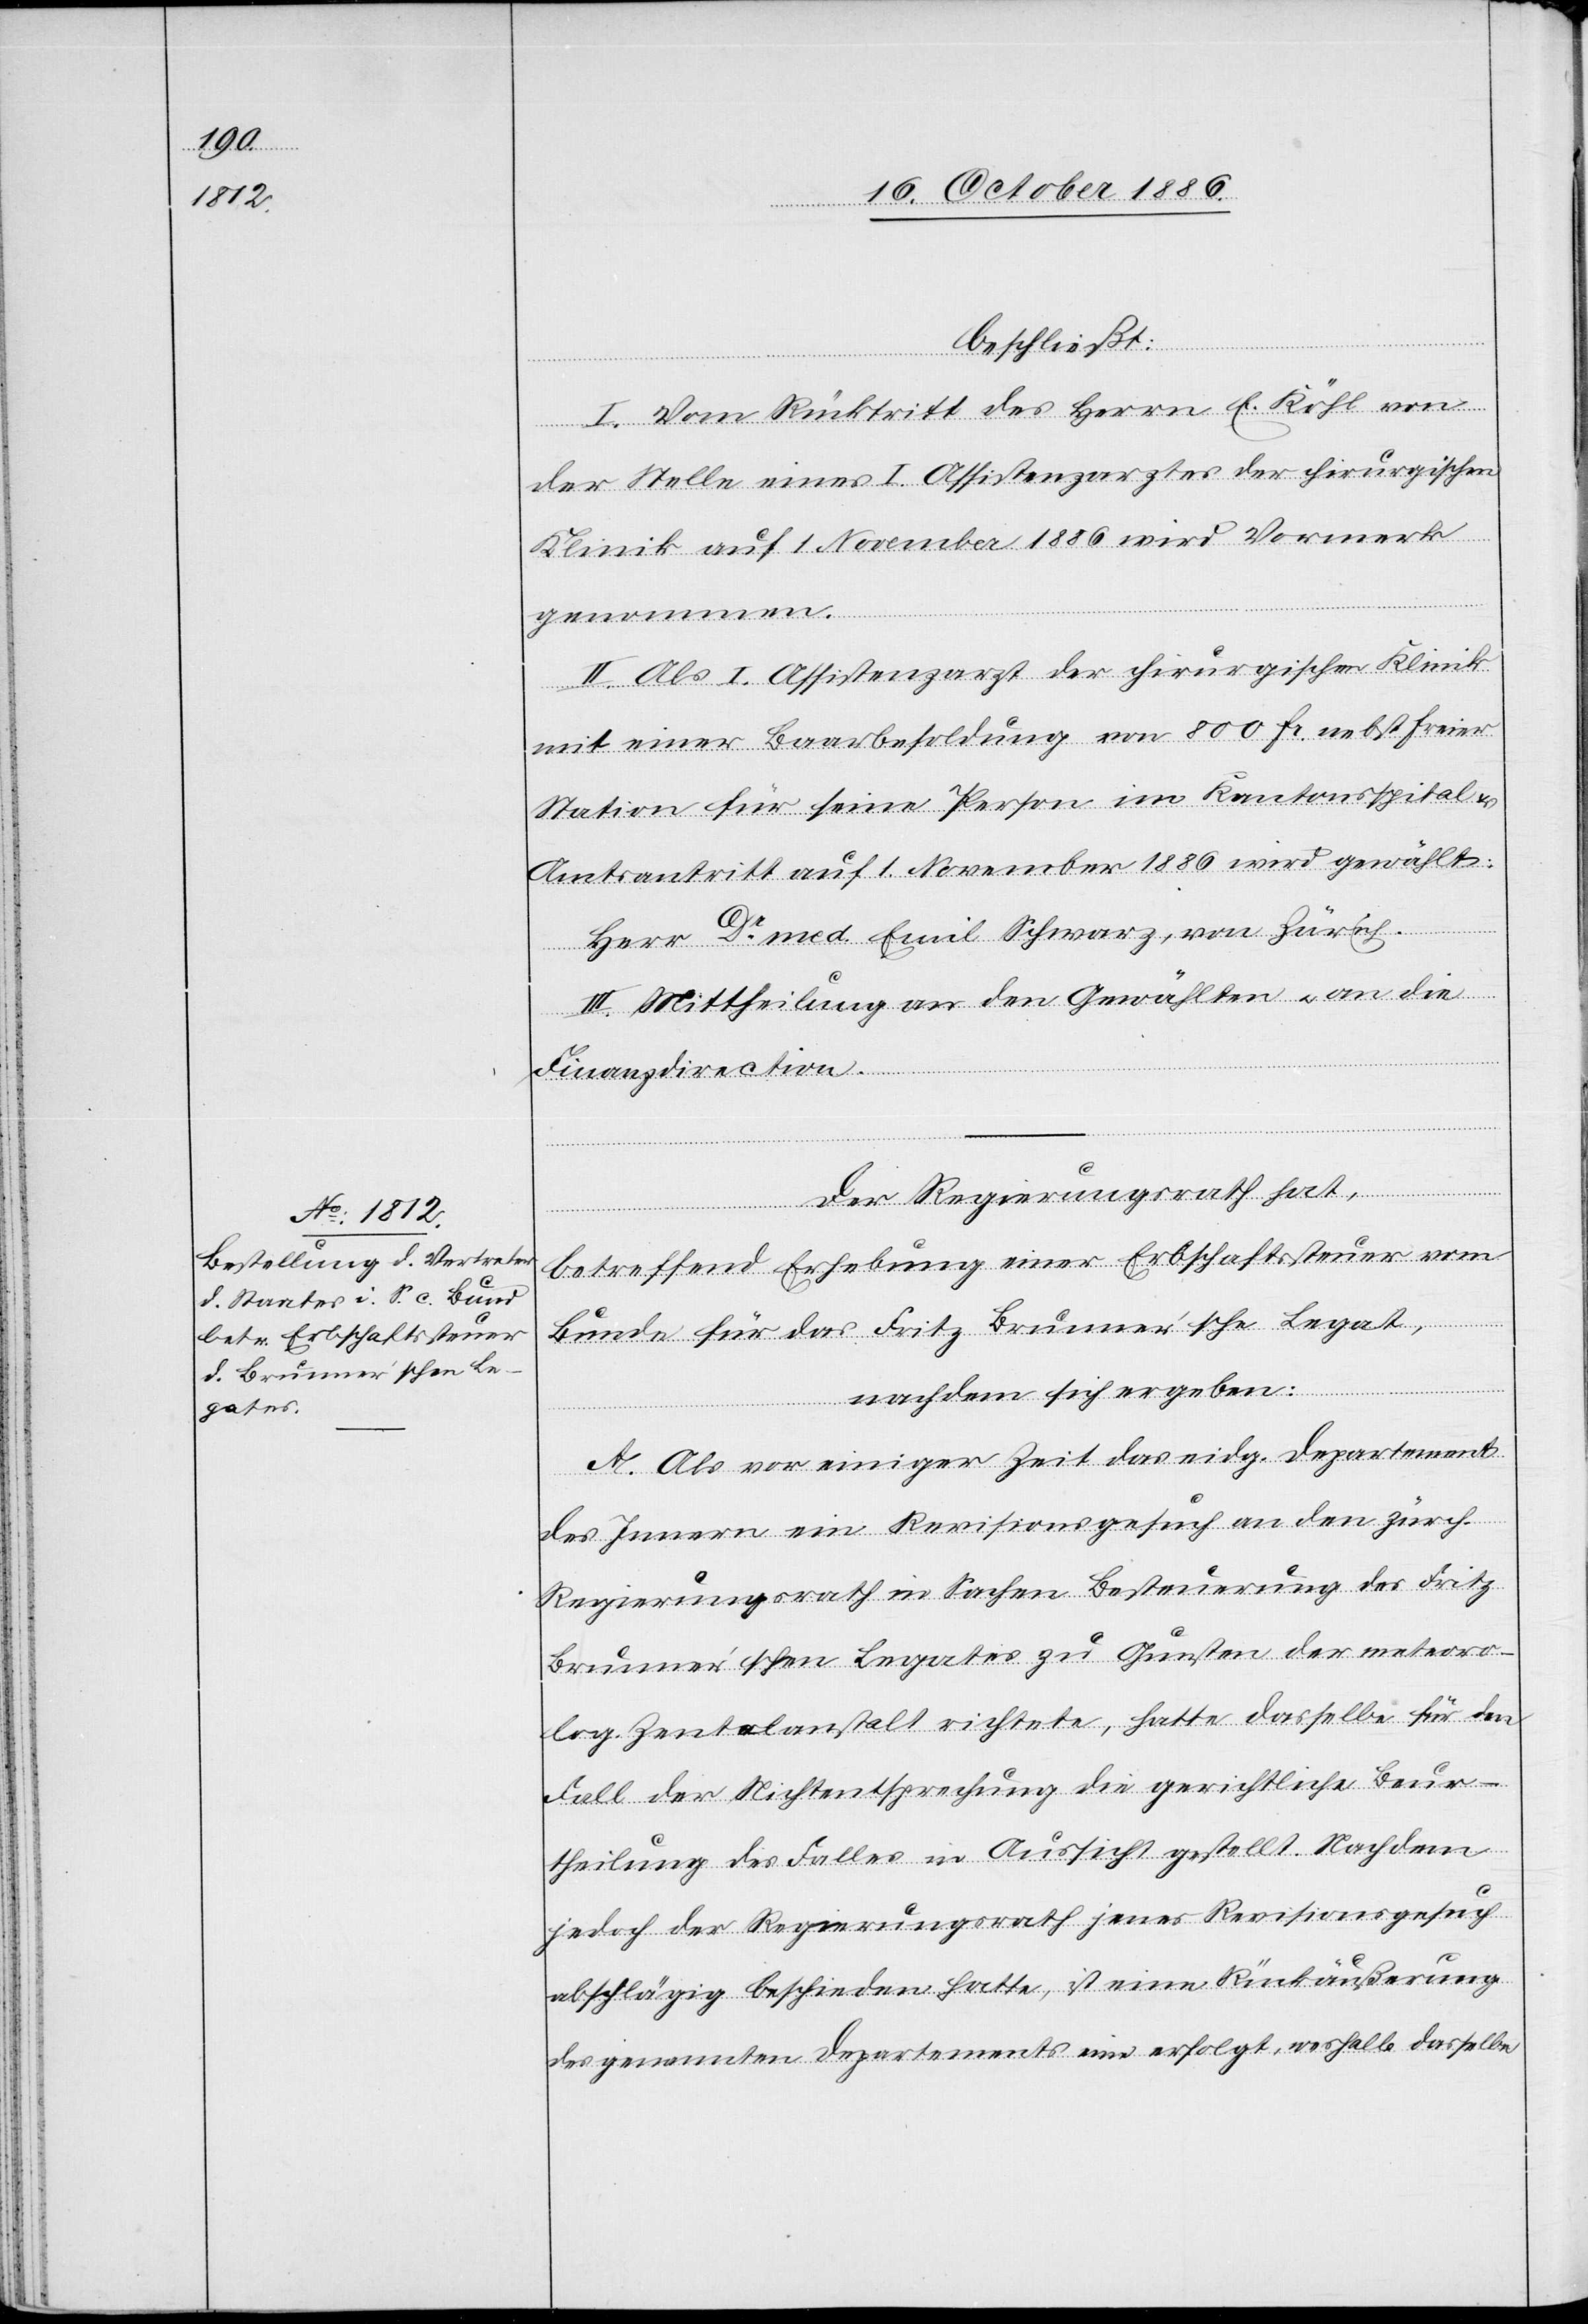
beschließt:
I. Vom Rücktritt des Herrn E. Köhl von
der Stelle eines I. Assistenzarztes der chirurgischen
Klinik auf 1. November 1886 wird Vormerk
genommen.
II. Als I. Assistenzarzt der chirurgischen Klinik
mit einer Baarbesoldung von 800 Fr. nebst freier
Station für seine Person im Kantonsspital &
Amtsantritt auf 1. November 1886 wird gewählt:
Herr Dr med. Emil Schwarz, von Zürich.
III. Mittheilung an den Gewählten & an die
Finanzdirection.
Der Regierungsrath hat,
betreffend Erhebung einer Erbschaftssteuer vom
Bunde für das Fritz Brunner’sche Legat,
nachdem sich ergeben:
A. Als vor einiger Zeit das eidg. Departement
des Innern ein Revisionsgesuch an den zürch.
Regierungsrath in Sachen Besteuerung des Fritz
Brunner’schen Legates zu Gunsten der meteoro¬
log. Zent[r]alanstalt richtete, hatte dasselbe für den
Fall der Nichtentsprechung die gerichtliche Beur¬
theilung des Falles in Aussicht gestellt. Nachdem
jedoch der Regierungsrath jenes Revisionsgesuch
abschlägig beschieden hatte, ist eine Rückäußerung
des genannten Departements nie erfolgt, weshalb dasselbe